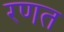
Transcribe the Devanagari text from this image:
रणत